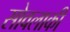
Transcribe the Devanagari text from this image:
सोवलाकी